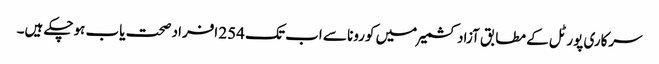
سرکاری پورٹل کے مطابق آزاد کشمیر میں کورونا سے اب تک 254 افراد صحت یاب ہوچکے ہیں۔